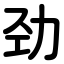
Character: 劲